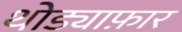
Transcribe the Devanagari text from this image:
थोड्याफ़ार